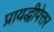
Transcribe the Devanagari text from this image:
प्रायद्धीपेत्तर